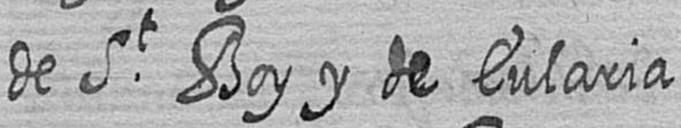
de St Boy y de Eularia